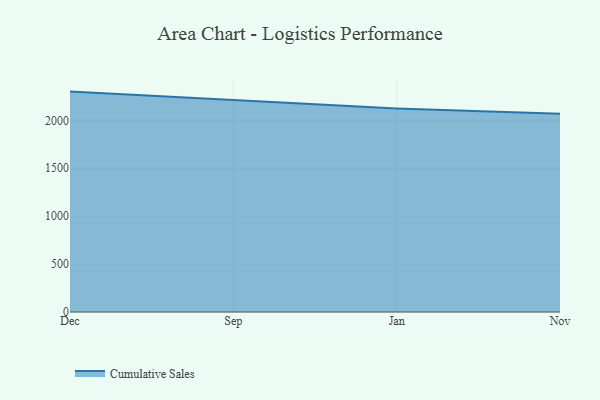
{"axis": {"x": "Month", "y": "Population (Million)"}, "legend": ["Cumulative Sales"], "data": [{"x": "Dec", "y": 2299.7, "type": "Cumulative Sales"}, {"x": "Sep", "y": 2213.4, "type": "Cumulative Sales"}, {"x": "Jan", "y": 2123.7, "type": "Cumulative Sales"}, {"x": "Nov", "y": 2069.5, "type": "Cumulative Sales"}]}